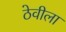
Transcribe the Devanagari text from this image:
ठेवीला